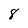
Character: 8